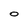
Character: 0